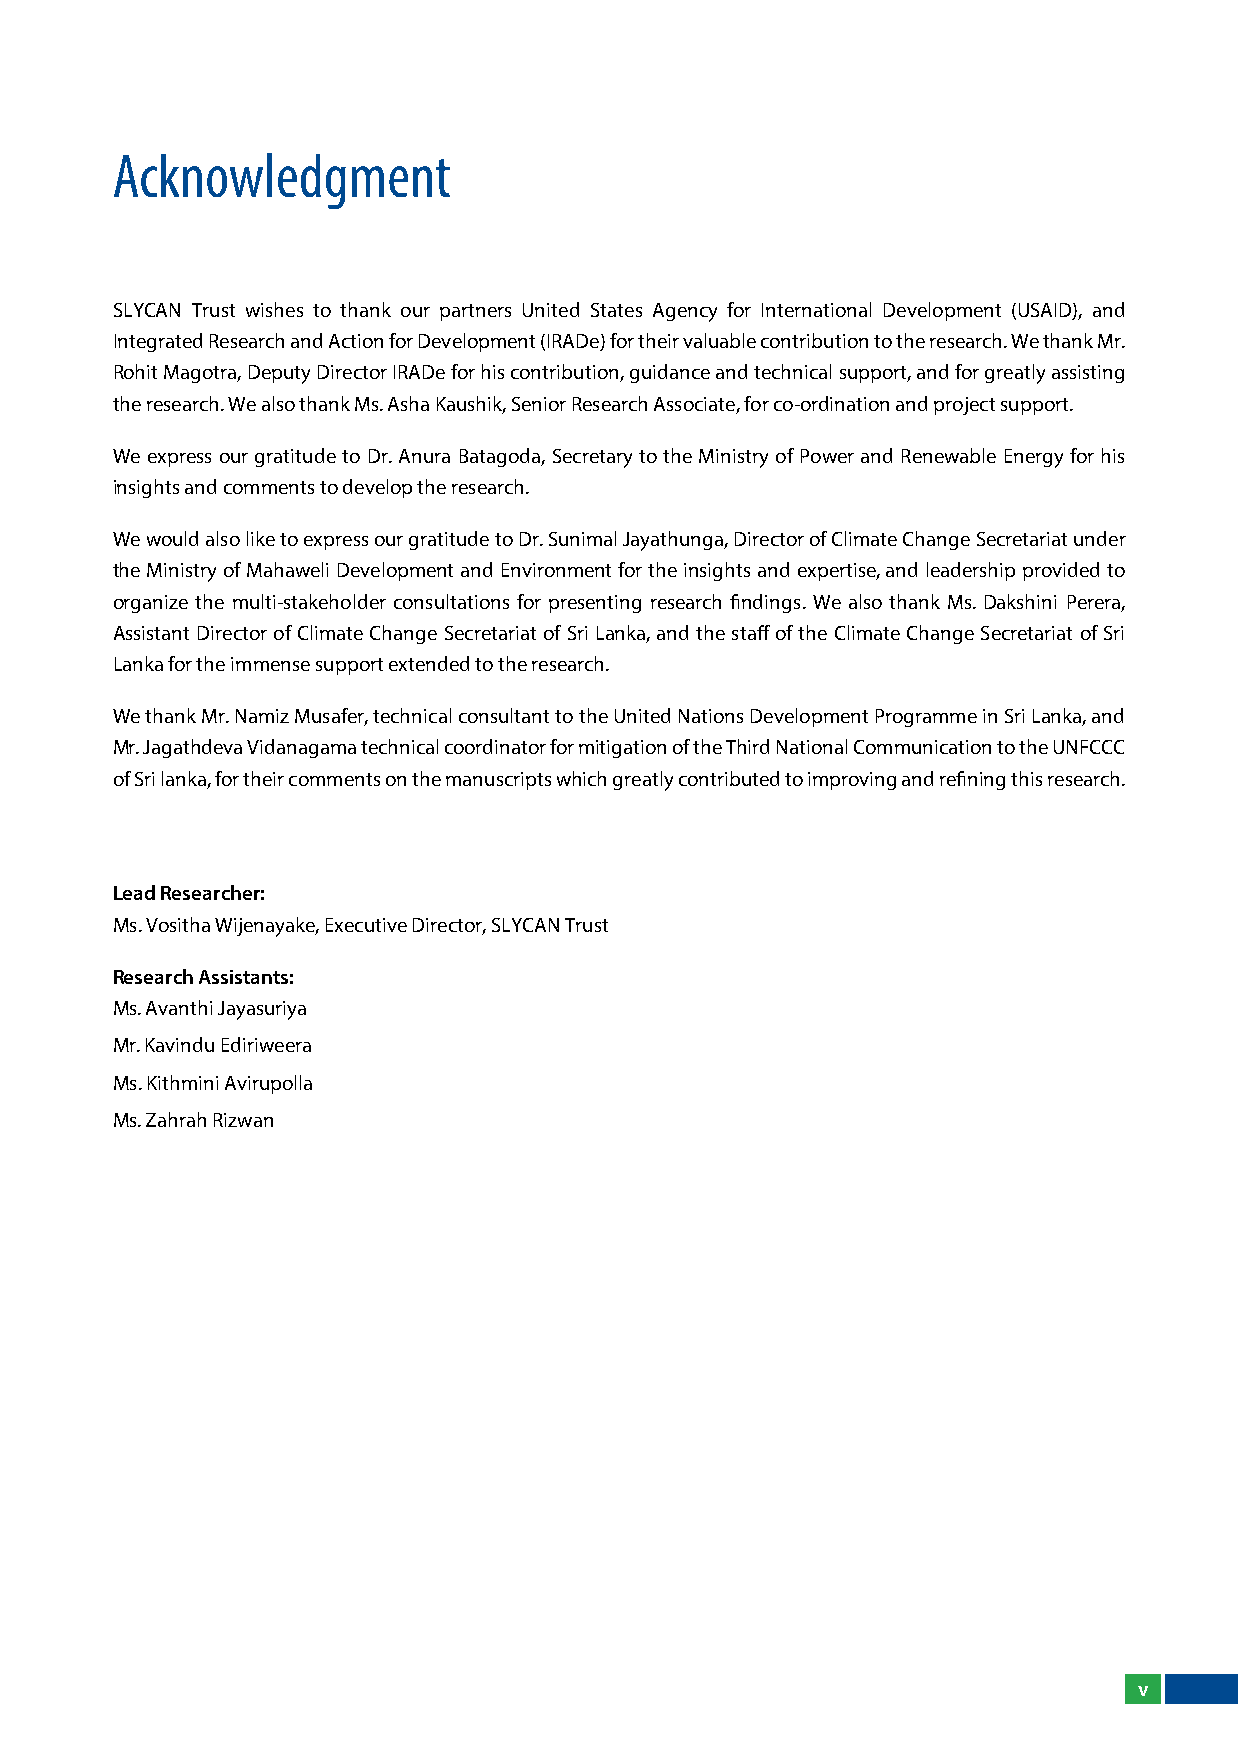
Acknowledgment
 SlyCAN Trust wishes to thank our partners United States Agency for International Development (USAID), and
 Integrated Research and Action for Development (IRADe) for their valuable contribution to the research. We thank Mr.
 Rohit Magotra, Deputy Director IRADe for his contribution, guidance and technical support, and for greatly assisting
 the research. We also thank Ms. Asha Kaushik, Senior Research Associate, for co-ordination and project support.
 We express our gratitude to Dr. Anura Batagoda, Secretary to the Ministry of Power and Renewable Energy for his
 insights and comments to develop the research.
 We would also like to express our gratitude to Dr. Sunimal Jayathunga, Director of Climate Change Secretariat under
 the Ministry of Mahaweli Development and Environment for the insights and expertise, and leadership provided to
 organize the multi-stakeholder consultations for presenting research findings. We also thank Ms. Dakshini Perera,
 Assistant Director of Climate Change Secretariat of Sri lanka, and the staff of the Climate Change Secretariat of Sri
 lanka for the immense support extended to the research.
 We thank Mr. Namiz Musafer, technical consultant to the United Nations Development Programme in Sri lanka, and
 Mr. Jagathdeva Vidanagama technical coordinator for mitigation of the Third National Communication to the UNFCCC
 of Sri lanka, for their comments on the manuscripts which greatly contributed to improving and refining this research.
 Lead Researcher:
 Ms. Vositha Wijenayake, Executive Director, SlyCAN Trust
 Research Assistants:
 Ms. Avanthi Jayasuriya
 Mr. Kavindu Ediriweera
 Ms. Kithmini Avirupolla
 Ms. Zahrah Rizwan
 v